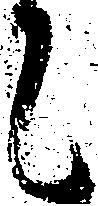
言